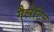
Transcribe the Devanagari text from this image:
गैलेटिन